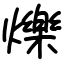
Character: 爍